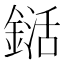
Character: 𨨱